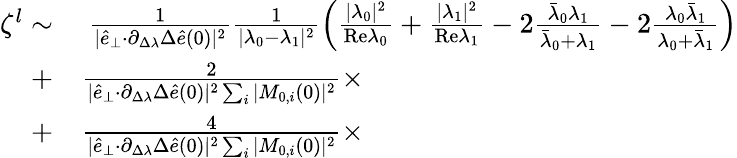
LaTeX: \begin{array}{rl}{\zeta^{l}\sim}&{{}~\frac{1}{\vert\hat{e}_{\perp}{\cdot}\partial_{\Delta\lambda}\Delta\hat{e}(0)\vert^{2}}\frac{1}{\vert\lambda_{0}-\lambda_{1}\vert^{2}}\left(\frac{\vert\lambda_{0}\vert^{2}}{\mathrm{Re}\lambda_{0}}+\frac{\vert\lambda_{1}\vert^{2}}{\mathrm{Re}\lambda_{1}}-2\frac{\bar{\lambda}_{0}\lambda_{1}}{\bar{\lambda}_{0}+\lambda_{1}}-2\frac{\lambda_{0}\bar{\lambda}_{1}}{\lambda_{0}+\bar{\lambda}_{1}}\right)}\\ {+}&{{}\frac{2}{\vert\hat{e}_{\perp}{\cdot}\partial_{\Delta\lambda}\Delta\hat{e}(0)\vert^{2}\sum_{i}\vert M_{0,i}(0)\vert^{2}}\times}\\ {+}&{{}\frac{4}{\vert\hat{e}_{\perp}{\cdot}\partial_{\Delta\lambda}\Delta\hat{e}(0)\vert^{2}\sum_{i}\vert M_{0,i}(0)\vert^{2}}\times}\end{array}